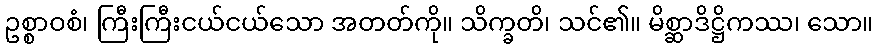
ဥစ္စာဝစံ၊ ကြီးကြီးငယ်ငယ်သော အတတ်ကို။ သိက္ခတိ၊ သင်၏။ မိစ္ဆာဒိဋ္ဌိကဿ၊ သော။